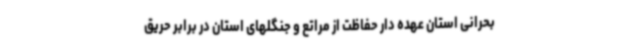
بحرانی استان عهده دار حفاظت از مراتع و جنگلهای استان در برابر حریق